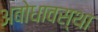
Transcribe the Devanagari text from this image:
अबोधावस्था